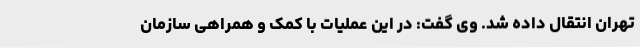
تهران انتقال داده شد. وی گفت: در این عملیات با کمک و همراهی سازمان